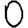
Digit: 0